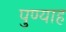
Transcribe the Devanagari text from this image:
पुण्याह